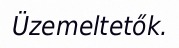
Üzemeltetők.